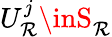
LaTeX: U_{\mathcal{R}}^{j}\inS_{\mathcal{R}}